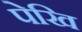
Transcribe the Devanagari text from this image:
पेखि